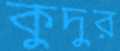
কুদুর